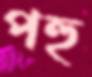
পহু